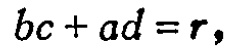
\(bc + ad = r,\)